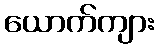
ယောက်ကျား